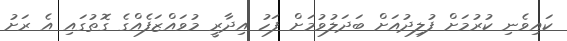
ކައިވެނި ކުރުމަށް ފުލިދުއަށް ބަދަލުވުމަށް ފަހު އިދާރީ މުވައްޒަފެއްގެ ގޮތުގައި އެ ރަށު